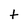
Character: t